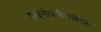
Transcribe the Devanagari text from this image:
डाइनोफ्लैजेलेट्स